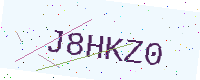
Text: J8HKZ0